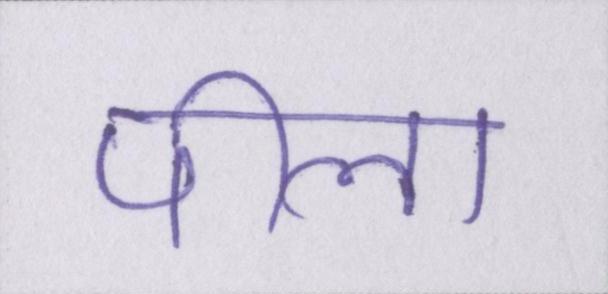
पीला